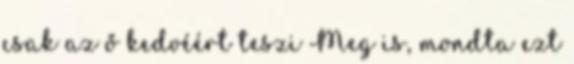
csak az ő kedvéért teszi Meg is, mondta ezt